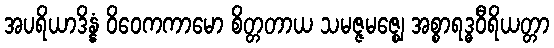
အပရိယာဒိန္နံ ဝိဝေကကာမော စိတ္တတာယ သမဇ္ဇမဇ္ဈေ အစ္စာရဒ္ဓဝီရိယတ္တာ